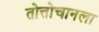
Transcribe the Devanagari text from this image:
तोत्तोचानला